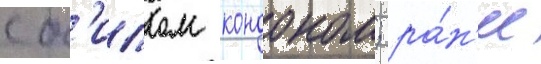
с б'иллом кондоном; ра́н'ее